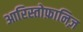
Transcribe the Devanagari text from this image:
आरिस्तोफ़ानिज़